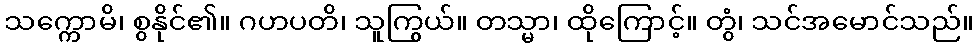
သက္ကောမိ၊ စွနိုင်၏။ ဂဟပတိ၊ သူကြွယ်။ တသ္မာ၊ ထိုကြောင့်။ တွံ၊ သင်အမောင်သည်။